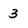
Character: 3